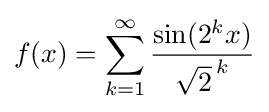
f(x)=\sum _{k=1}^{\infty }{\frac {\sin(2^{k}x)}{{\sqrt {2}}^{\,k}}}